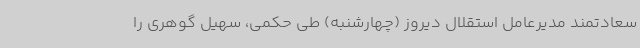
سعادتمند مدیرعامل استقلال دیروز (چهارشنبه) طی حکمی، سهیل گوهری را